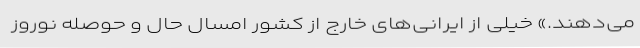
می‌دهند.» خیلی از ایرانی‌های خارج از کشور امسال حال و حوصله نوروز